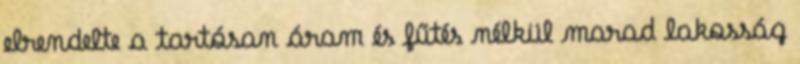
elrendelte a tartósan áram és fűtés nélkül marad lakosság